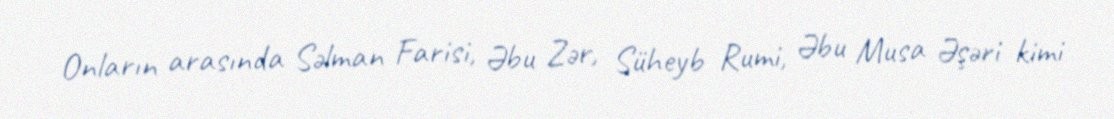
Onların arasında Səlman Farisi, Əbu Zər, Süheyb Rumi, Əbu Musa Əşəri kimi